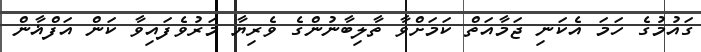
ގައުމުގެ ހަމަ އެކަނި ޖަމާއަތް ކަމަށްވާ ތާލިބާނުންގެ ވެރިޔާ މަރުވެފައިވާ ކަން އަފްޣާން